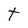
Character: t